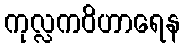
ကုလ္လကဝိဟာရေန